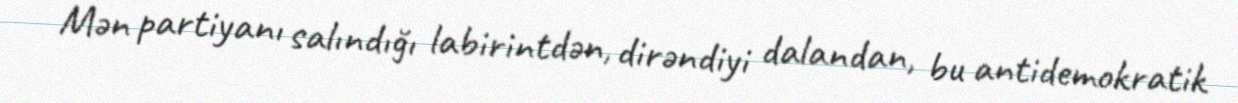
Mən partiyanı salındığı labirintdən, dirəndiyi dalandan, bu antidemokratik